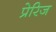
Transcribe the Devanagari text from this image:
प्रेरिज